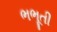
ભભૂતી